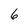
Character: 6